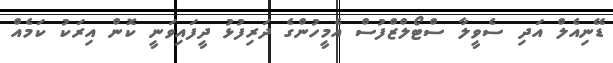
ޑޭނިއެލް އަދި ސެވީލާ ސްޓޯލްޒްފުސް އެމީހުންގެ ދަރިފުޅު ދީފައިވަނީ ކޮން އިރަކު ކަމެއް